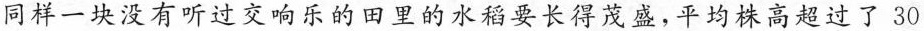
同样一块没有听过交响乐的田里的水稻要长得茂盛，平均株高超过了30